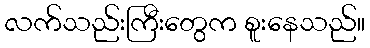
လက်သည်းကြီးတွေက စူးနေသည်။